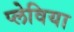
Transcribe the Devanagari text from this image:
प्लेविया